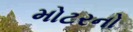
મોટરનો